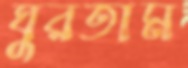
ঘুরতাম